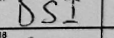
Transcription: DSI